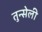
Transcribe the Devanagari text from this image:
तुन्सेली